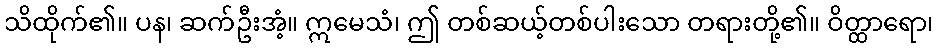
သိထိုက်၏။ ပန၊ ဆက်ဦးအံ့။ ဣမေသံ၊ ဤ တစ်ဆယ့်တစ်ပါးသော တရားတို့၏။ ဝိတ္ထာရော၊